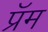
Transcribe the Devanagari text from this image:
प्रॅम